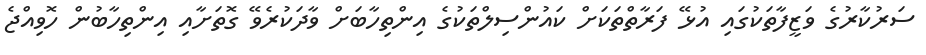
ސަރުކާރުގެ ވަޒީފާތަކުގައި އުޅޭ ފަރާތްތަކަށް ކައުންސިލްތަކުގެ އިންތިހާބަށް ވާދަކުރެވޭ ގޮތަށާއި އިންތިހާބުން ހޮވިއްޖެ